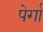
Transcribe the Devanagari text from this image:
पेर्गा